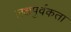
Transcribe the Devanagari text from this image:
लक्षपुर्वकता